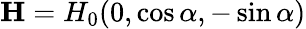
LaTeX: \mathbf{H}=H_{0}(0,\cos\alpha,-\sin\alpha)